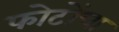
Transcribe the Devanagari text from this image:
फोटोंचा